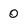
Character: 0